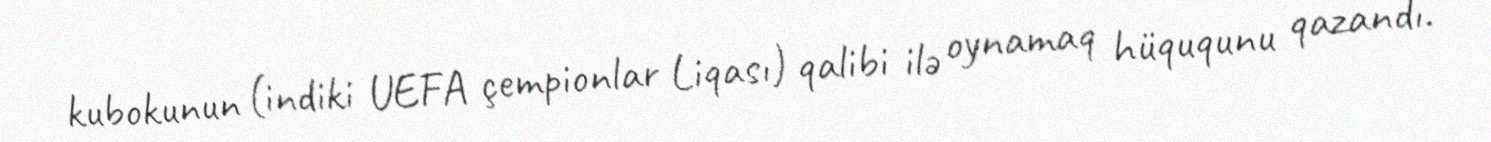
kubokunun (indiki UEFA çempionlar Liqası) qalibi ilə oynamaq hüququnu qazandı.